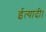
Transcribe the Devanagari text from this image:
ईत्यादी।